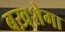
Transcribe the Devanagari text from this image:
बख़्शेगा